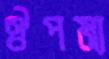
ঔপম্য